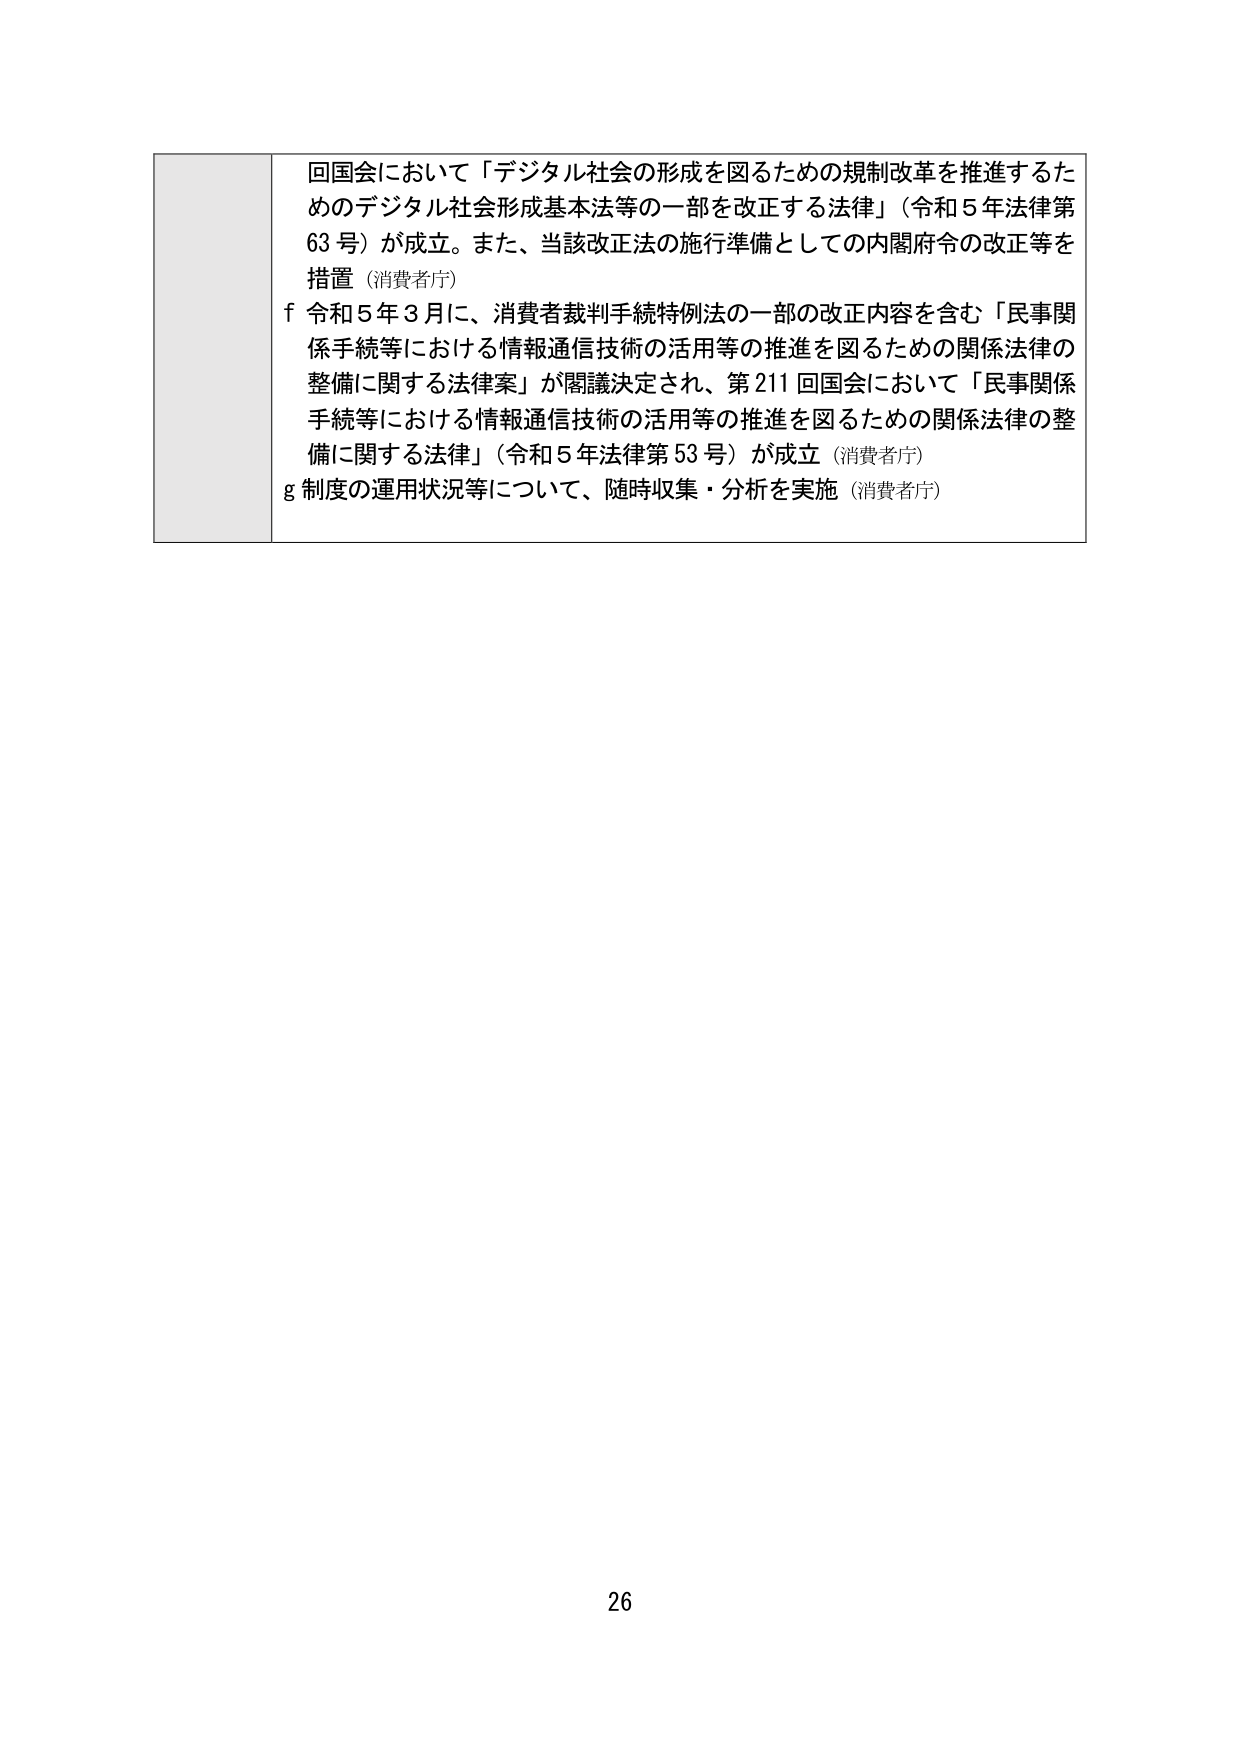
回国会において「デジタル社会の形成を図るための規制改革を推進するためのデジタル社会形成基本法等の一部を改正する法律」（令和５年法律第63号）が成立。また、当該改正法の施行準備としての内閣府令の改正等を措置（消費者庁）
f 令和５年３月に、消費者裁判手続特例法の一部の改正内容を含む「民事関係手続等における情報通信技術の活用等の推進を図るための関係法律の整備に関する法律案」が閣議決定され、第211回国会において「民事関係手続等における情報通信技術の活用等の推進を図るための関係法律の整備に関する法律」（令和５年法律第53号）が成立（消費者庁）
g 制度の運用状況等について、随時収集・分析を実施（消費者庁）
26